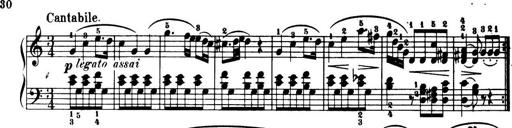
Title: 32 Sonatinas and Rondos for the Piano
Composer: Richard Kleinmichel